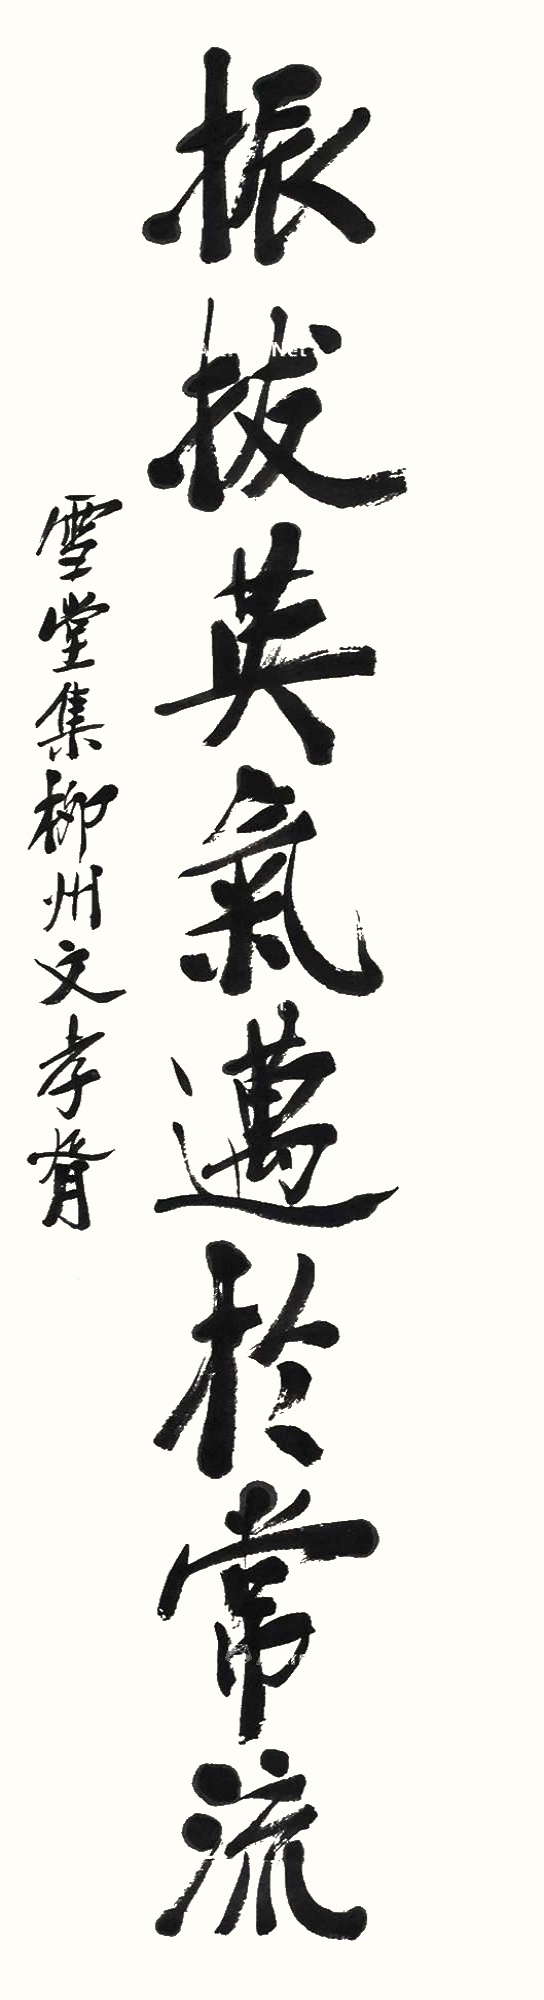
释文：振拔英气迈于常流。雪堂集柳州文，孝胥。